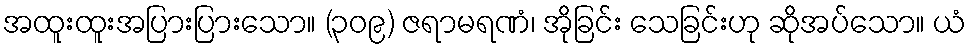
အထူးထူးအပြားပြားသော။ (၃၀၉) ဇရာမရဏံ၊ အိုခြင်း သေခြင်းဟု ဆိုအပ်သော။ ယံ